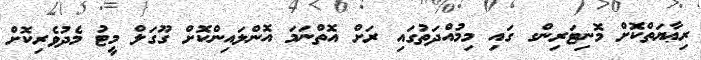
ރިޢާޔަތްކޮށް މޮނިޓަރިންގ ގައި މިމުއްދަތުގައި ރަށް އޮތްނަމަ އޮންލައިންކޮށް ގޫގަލް މީޓު މެދުވެރިކޮށް